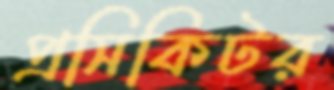
প্রসিকিটর